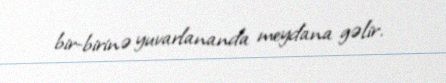
bir-birinə yuvarlananda meydana gəlir.